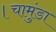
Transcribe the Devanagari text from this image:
।चामुंडा